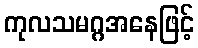
ကုလသမဂ္ဂအနေဖြင့်